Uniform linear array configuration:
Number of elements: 64
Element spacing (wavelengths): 0.75
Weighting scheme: uniform
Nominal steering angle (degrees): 30
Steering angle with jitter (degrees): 30.841
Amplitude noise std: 0.05
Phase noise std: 0.05

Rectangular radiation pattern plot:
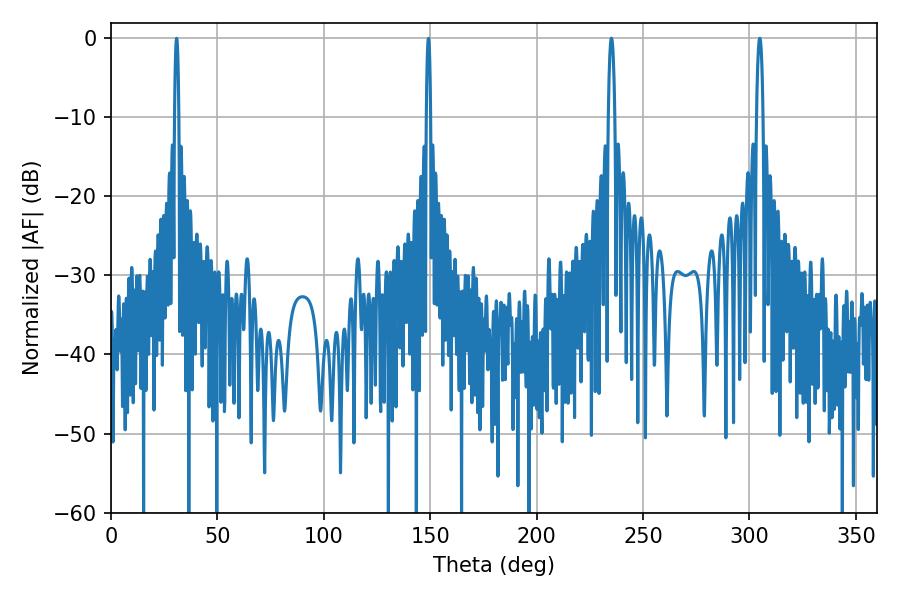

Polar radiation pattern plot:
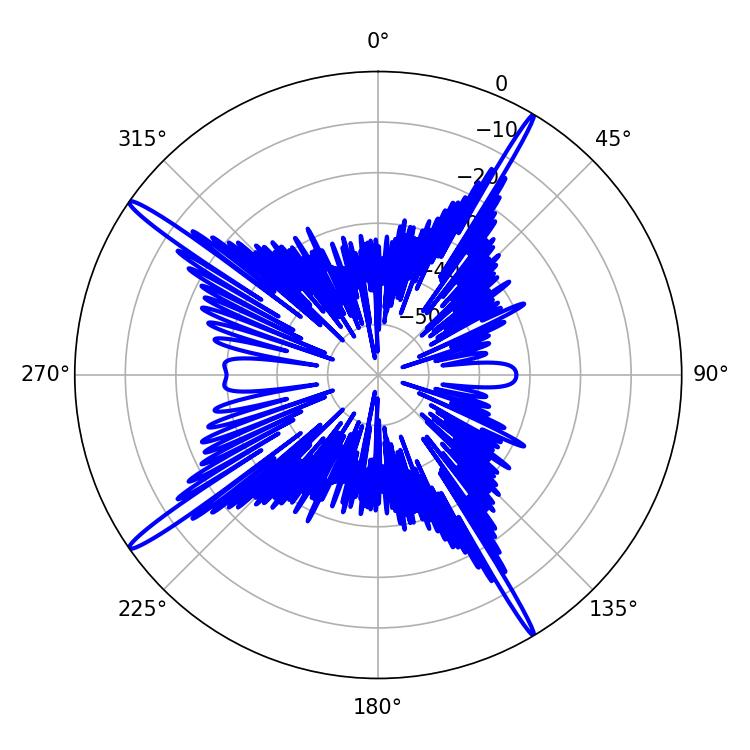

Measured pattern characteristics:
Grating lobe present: TRUE
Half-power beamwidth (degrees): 1.62
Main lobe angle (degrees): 235.08